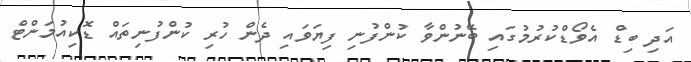
އަދި ބިޑް އެވޯޑްކުރުމުގައި ބޭނުންވާ ކުންފުނި ފިޔަވައި ދެން ހުރި ކުންފުނިތައް ޑޮކިއުމަންޓް